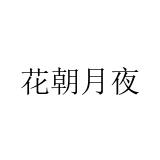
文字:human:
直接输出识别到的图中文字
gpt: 花朝月夜